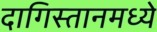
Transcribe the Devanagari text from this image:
दागिस्तानमध्ये